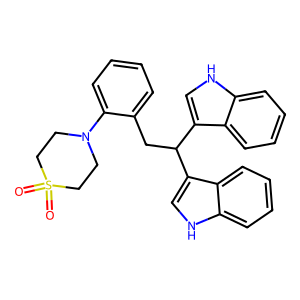
SMILES: O=S1(=O)CCN(c2ccccc2CC(c2c[nH]c3ccccc23)c2c[nH]c3ccccc23)CC1
Inhibits HIV replication: No